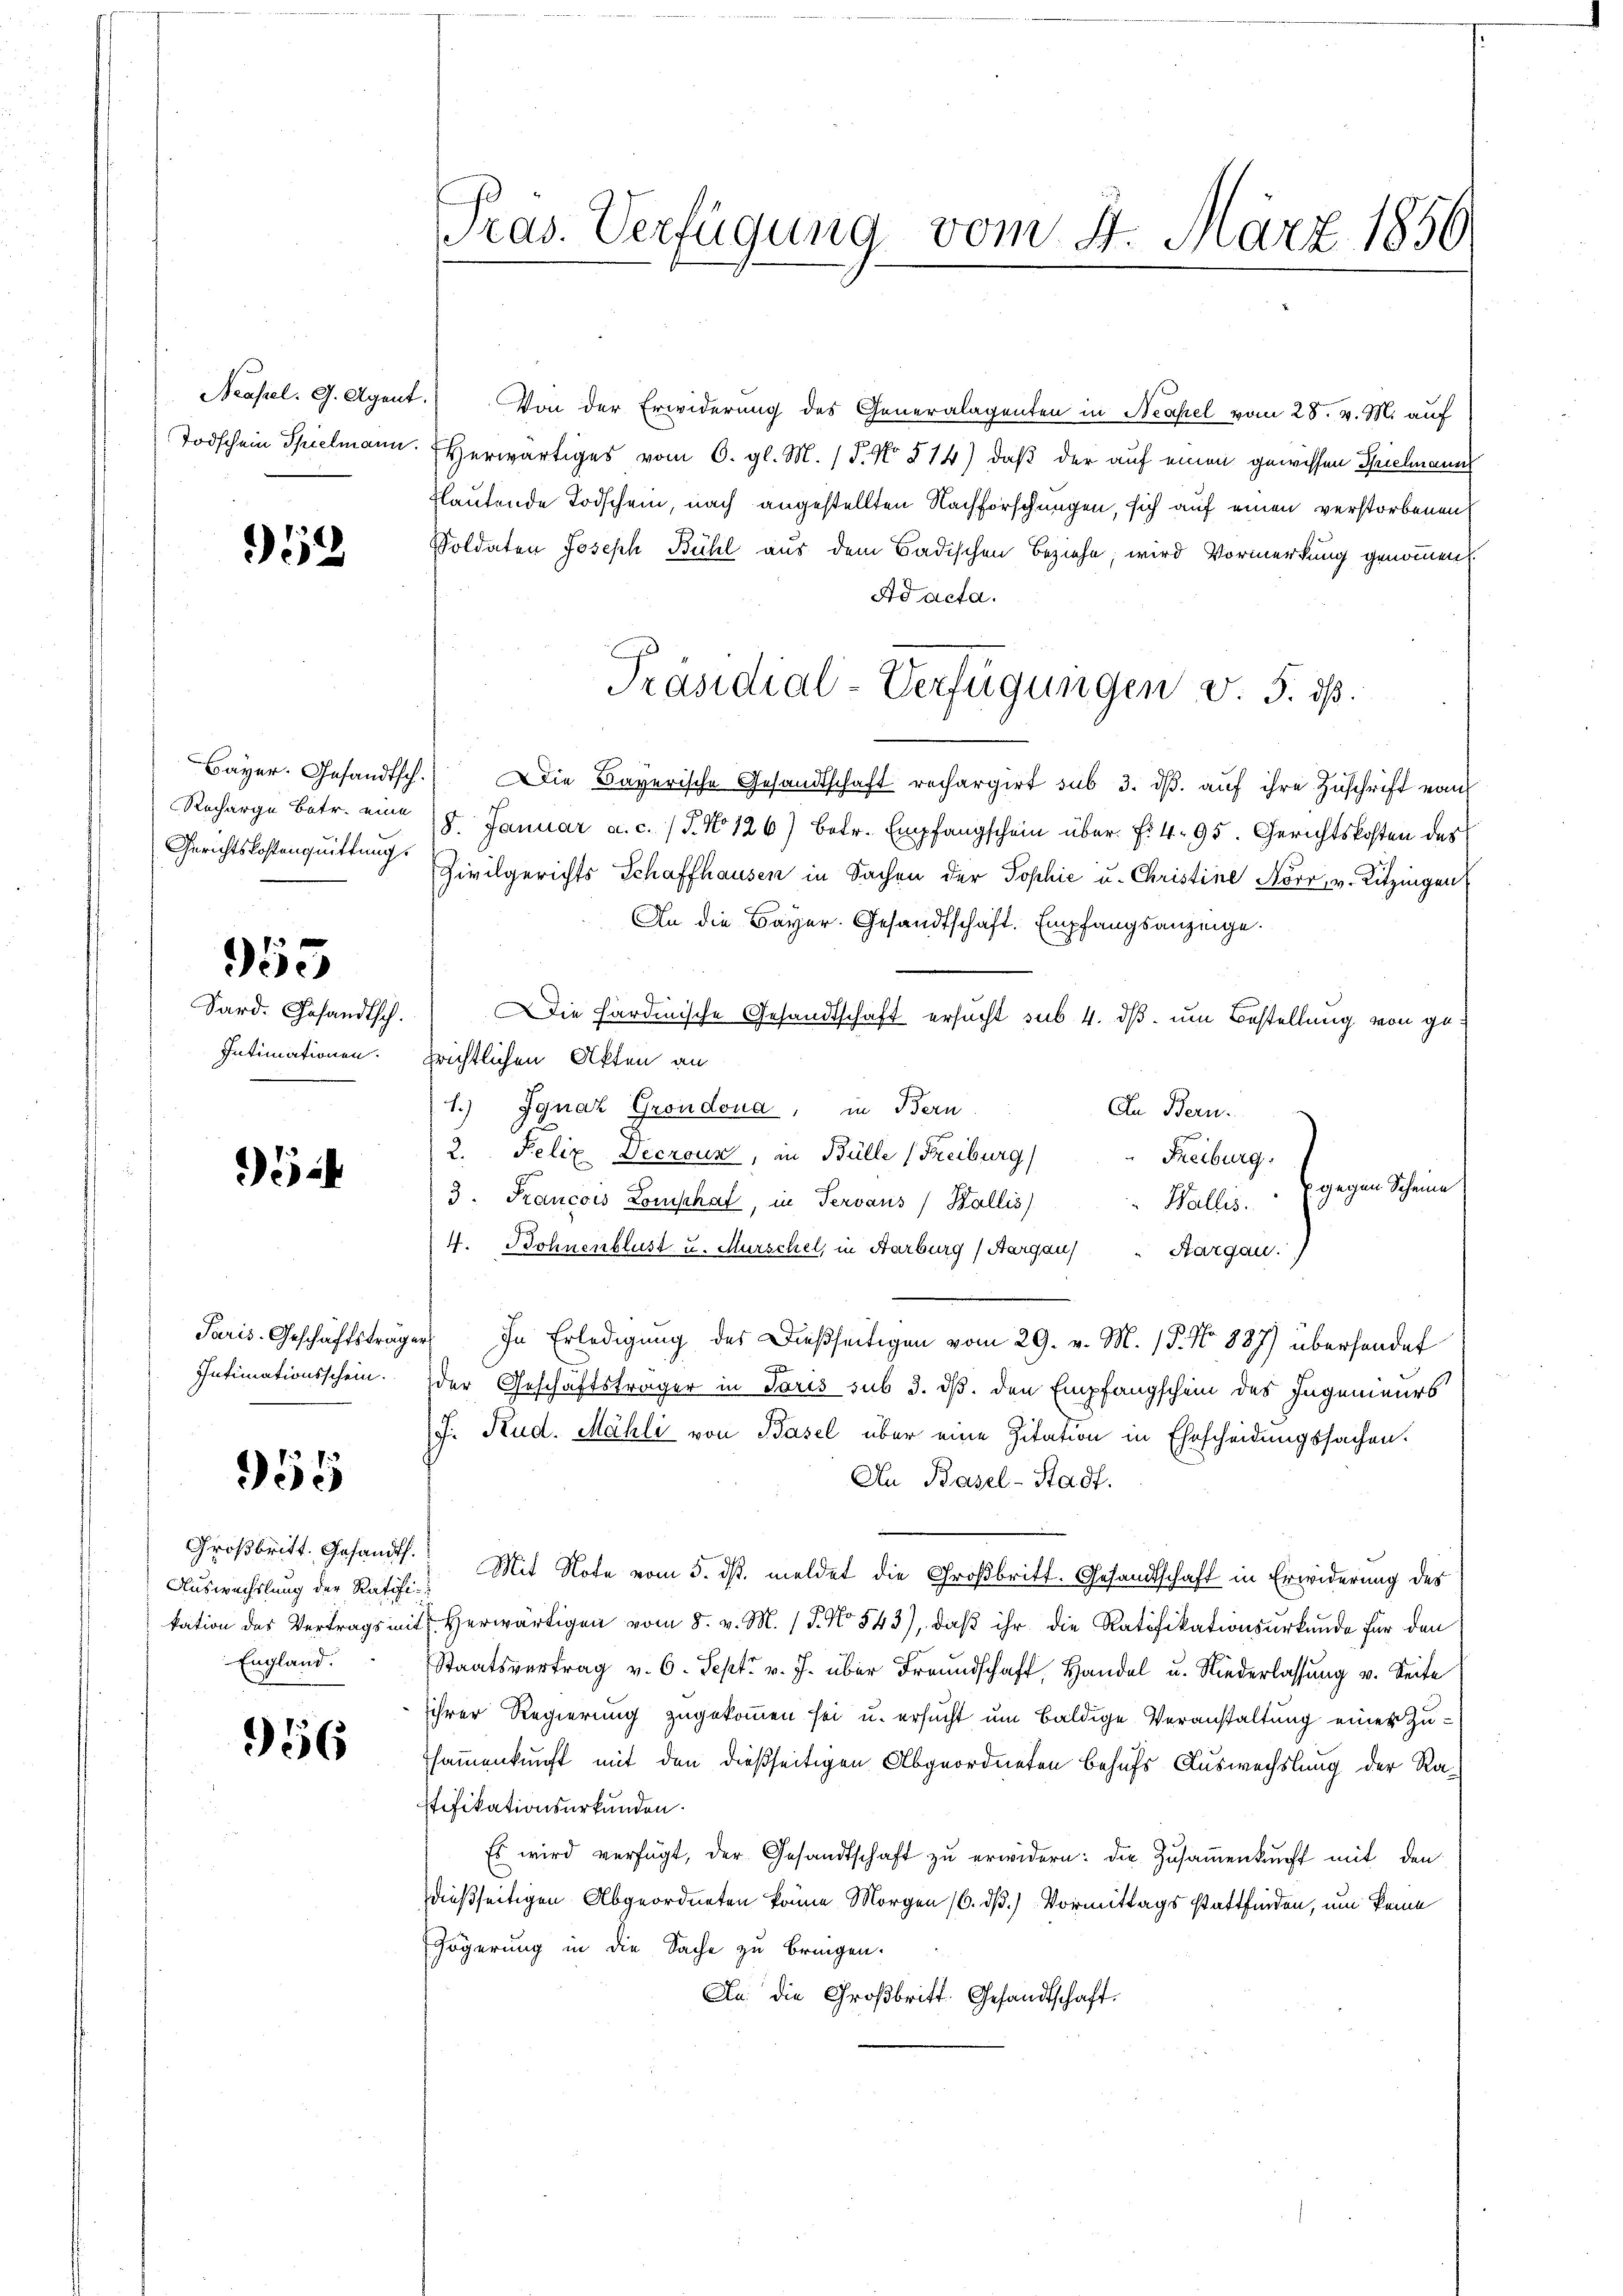
Neapel. G. Agent.

2

Gerichtskostenquittung

355

Sard. Gesandtsch.
Intimationen.

5

Intimationsschein.

955

Großbritt. Gesandt.
Auswechslung der Ratifi¬
England.

956

Pras. Verfügung vom 4. März 1856

Von der Erwiderung des Generalagenten in Neapel vom 28. v. M. auf
Todschein Spielmann. Herwärtiges vom 6. gl. M. (T. No 514) daß der auf einen gewissen Spielmann
flautende Todschein, nach angestellten Nachforschungen, sich auf einen verstorbenen
Soldaten Joseph Bühl aus dem Badischen Beziehe, wird Vormerkung genommen
Ad acta.
Bayer. Gesandtsch. Die Bayerische Gesandtschaft rechargirt sub 3. dβ aŭf ihre Zuschrift vom
Recharge betr. eine (8. Januar a. c. (T. No 126) betr. Empfangschein über. f. 495. Gerichtskosten des
Zivilgerichts Schaffhausen in Sachen der Sophie u. Christine Korr, v. Ritzingen
An die Bayer. Gesandtschaft. Empfangsanzeige.
Die hardinische Gesandtschaft ersucht sub. 4. dß um Bestellung von gefrichtlichen Akten an
1.) Jgnaz Grondona, in Bern
In Bern.
2. Felix Decroun, in Bülle (Freiburg
Freiburg.
gegen Scheine
3. Francois Lomphat, in Tervaus (Wallis
Wallis
4. Bohnenblust u. Murschel, in Aarburg, Aargau)
Aargau.
Paris. Geschäftsträger In Erledigung des Dießseitigen vom 29. v. M. P. No 887) überhandet

der Geschäftsträger in Paris sub 3. ds. den Empfangschein des Ingenieurs
J. Rud. Mähli von Basel über eine Zitation in Ehrscheidungssachen.
An Basel-Stadt.
 Mit Note vom 5. ds. meldet die Großbritt. Gesandtschaft in Erwiderung des
kation des Vertrags mit Herwärtigen vom 8. v. M. 15. No 843), daß ihr die Ratifikationsurkunde für den
Staatsvertrag v. 6. Sept. v. J. über Freundschaft, Handel u. Niederlassung v. Seite
ihrer Regierung zugekommen sei u. ersucht um baldige Veranstaltung eines Zusammenkunft mit den dießseitigen Abgeordneten behufs Auswechslung der Ratifikationsurkunden.
Es wird verfügt, der Gesandtschaft zu erwidern: die Zusammenkunft mit den
dießseitigen Abgeordneten könne Morgen 16. dß.) Vormittags stattfinden, um keine
Fögerung in die Sache zu bringen.
An die Großbritt. Gesandtschaft.

Präsidial-Verfügungen v. 5. dß.